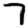
Digit: 7